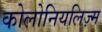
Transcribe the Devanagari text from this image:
कोलोनियलिज़्म